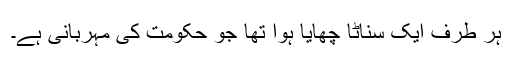
ہر طرف ایک سناٹا چھایا ہوا تھا جو حکومت کی مہربانی ہے۔